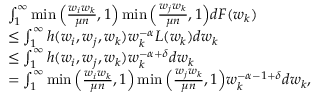
\begin{array} { r l } & { \int _ { 1 } ^ { \infty } \operatorname* { m i n } \Big ( \frac { w _ { i } w _ { k } } { \mu n } , 1 \Big ) \operatorname* { m i n } \Big ( \frac { w _ { j } w _ { k } } { \mu n } , 1 \Big ) d F ( w _ { k } ) } \\ & { \leq \int _ { 1 } ^ { \infty } h ( w _ { i } , w _ { j } , w _ { k } ) w _ { k } ^ { - \alpha } L ( w _ { k } ) d w _ { k } } \\ & { \leq \int _ { 1 } ^ { \infty } h ( w _ { i } , w _ { j } , w _ { k } ) w _ { k } ^ { - \alpha + \delta } d w _ { k } } \\ & { = \int _ { 1 } ^ { \infty } \operatorname* { m i n } \Big ( \frac { w _ { i } w _ { k } } { \mu n } , 1 \Big ) \operatorname* { m i n } \Big ( \frac { w _ { j } w _ { k } } { \mu n } , 1 \Big ) w _ { k } ^ { - \alpha - 1 + \delta } d w _ { k } , } \end{array}